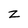
Character: z